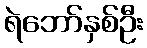
ရဲဘော်နှစ်ဦး